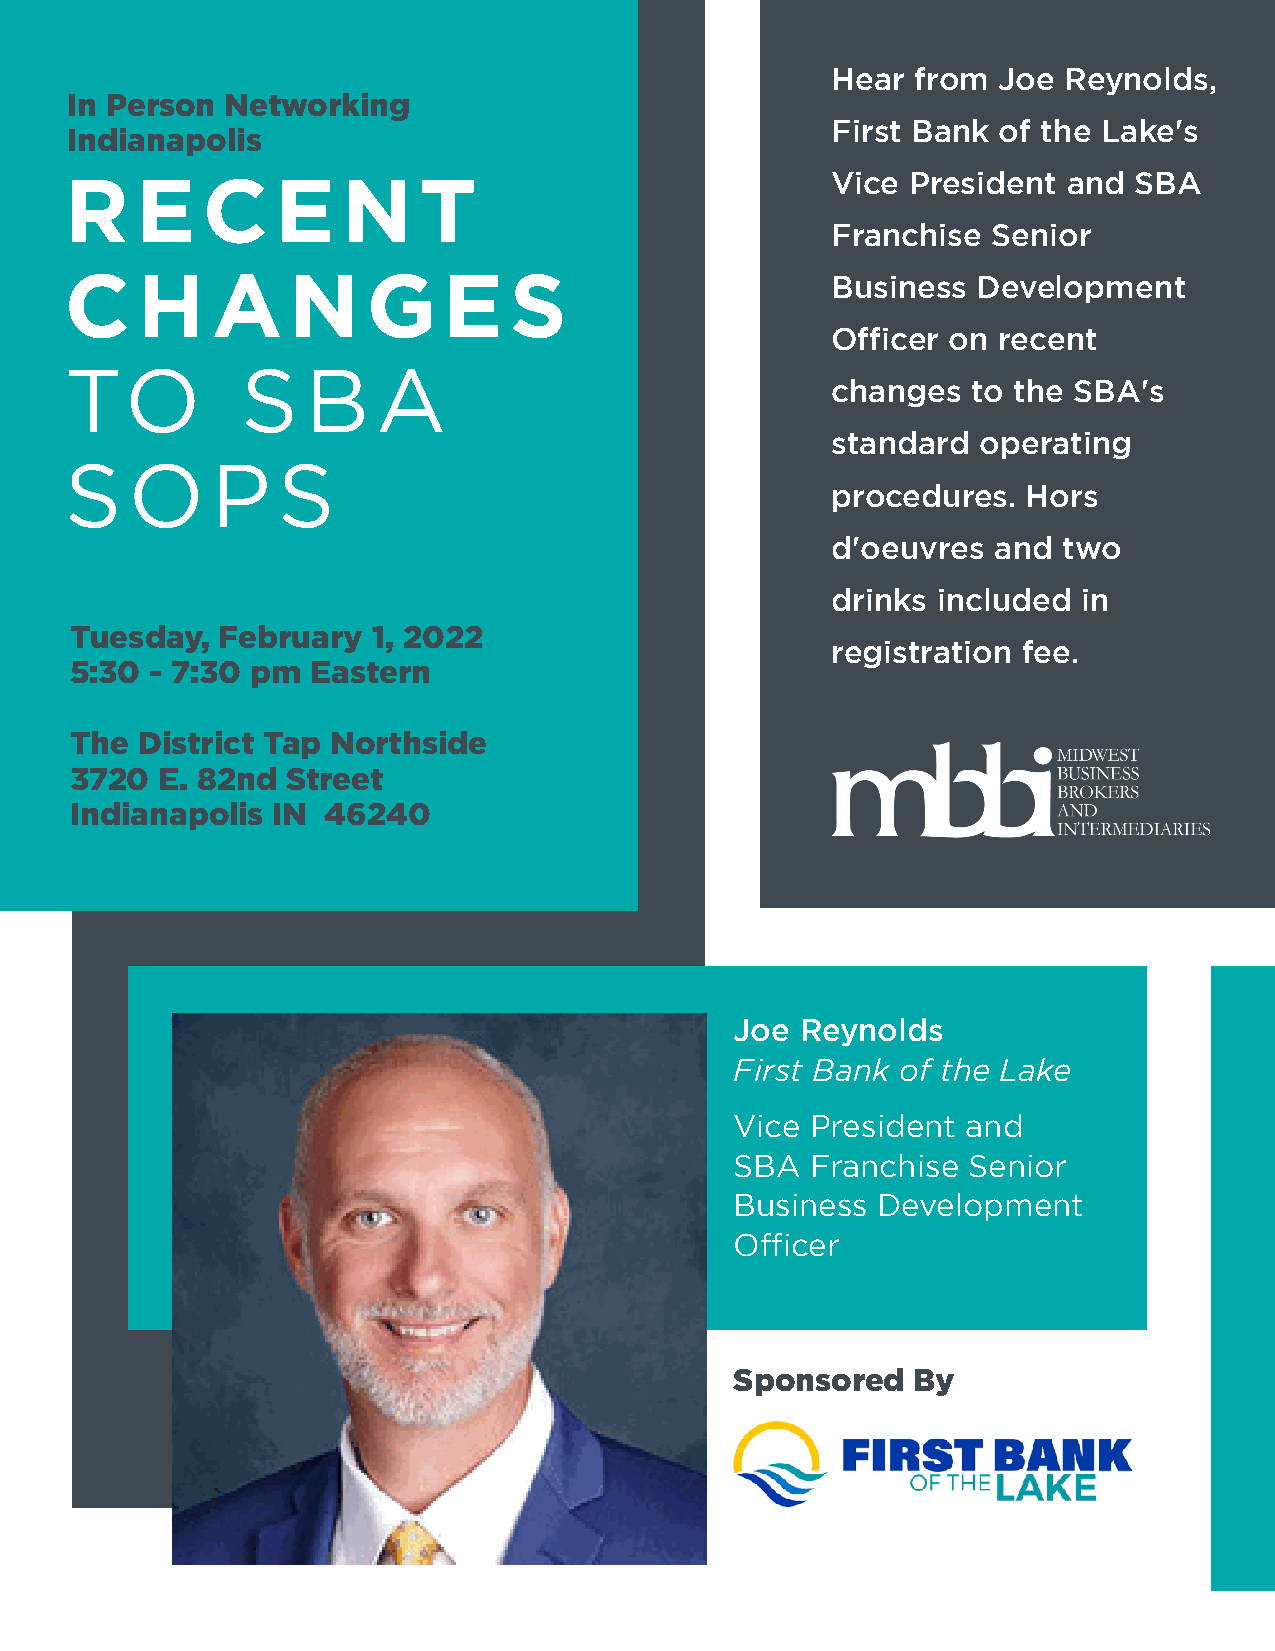
Hear  from Joe Reynolds,
 In Person  Networking
 First Bank of the Lake's
 Indianapolis
 R    E   C    E    NT                              Vice President  and SBA
 Franchise  Senior
 C    HA        NG        E    S
 Business  Development
 Officer on recent
 TO          S   B    A
 changes  to the SBA's
 standard  operating
 S   OP        S
 procedures.  Hors
 d'oeuvres  and two
 drinks included  in
 Tuesday, February   1, 2022
 registration fee.
 5:30 - 7:30 pm  Eastern
 The District Tap Northside
 3720 E. 82nd  Street
 Indianapolis IN  46240
 Joe Reynolds
 First Bank of the Lake
 Vice President and
 SBA  Franchise Senior
 Business Development
 Officer
 Sponsored  By